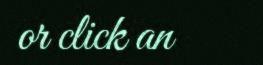
or click an